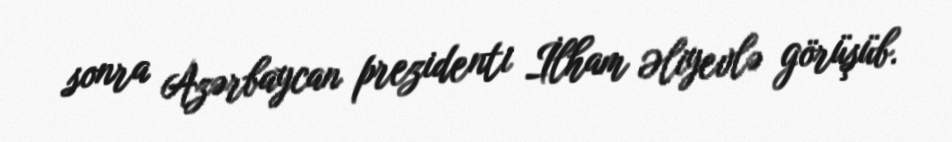
sonra Azərbaycan prezidenti İlham Əliyevlə görüşüb.